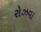
રોઝવા